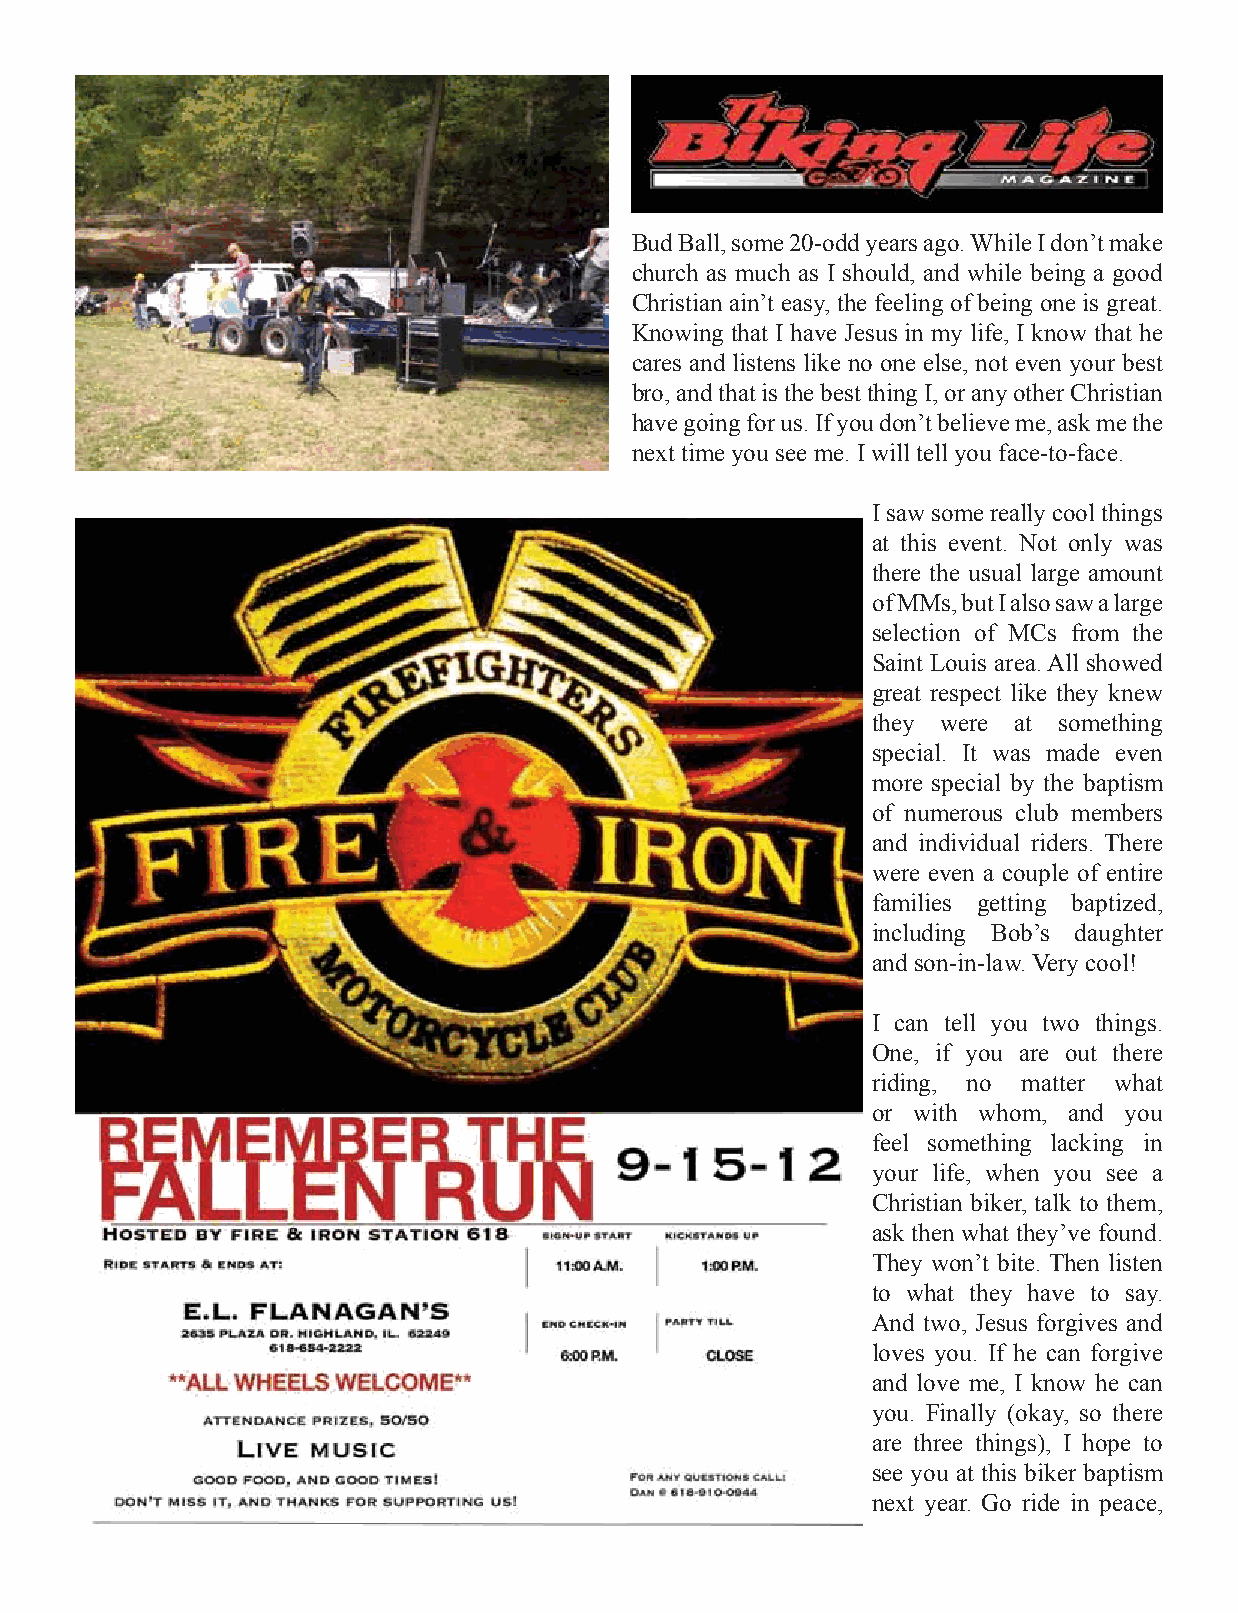
Bud Ball, some 20-odd years ago. While I don’t make
 church as much as I should, and while being a good
 Christian ain’t easy, the feeling of being one is great.
 Knowing that I have Jesus in my life, I know that he
 cares and listens like no one else, not even your best
 bro, and that is the best thing I, or any other Christian
 have going for us. If you don’t believe me, ask me the
 next time you see me. I will tell you face-to-face.
 I saw some really cool things
 at this event. Not only was
 there the usual large amount
 of MMs, but I also saw a large
 selection of MCs from the
 Saint Louis area. All showed
 great respect like they knew
 they were at something
 special. It was made even
 more special by the baptism
 of numerous club members
 and individual riders. There
 were even a couple of entire
 families getting baptized,
 including Bob’s daughter
 and son-in-law. Very cool!
 I can tell you two things.
 One, if you are out there
 riding, no matter what
 or with whom, and you
 feel something lacking in
 your life, when you see a
 Christian biker, talk to them,
 ask then what they’ve found.
 They won’t bite. Then listen
 to what they have to say.
 And two, Jesus forgives and
 loves you. If he can forgive
 and love me, I know he can
 you. Finally (okay, so there
 are three things), I hope to
 see you at this biker baptism
 next year. Go ride in peace,